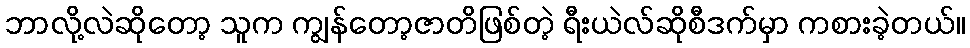
ဘာလို့လဲဆိုတော့ သူက ကျွန်တော့ဇာတိဖြစ်တဲ့ ရီးယဲလ်ဆိုစီဒက်မှာ ကစားခဲ့တယ်။